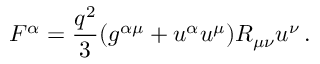
F ^ { \alpha } = \frac { q ^ { 2 } } 3 ( g ^ { \alpha \mu } + u ^ { \alpha } u ^ { \mu } ) R _ { \mu \nu } u ^ { \nu } \, .